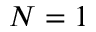
N = 1